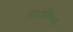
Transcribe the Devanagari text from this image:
अॅटोमियम